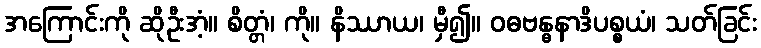
အကြောင်းကို ဆိုဦးအံ့။ စိတ္တံ၊ ကို။ နိဿာယ၊ မှီ၍။ ဝဓဗန္ဓနာဒိပစ္စယံ၊ သတ်ခြင်း